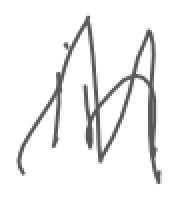
Text: in
Cross-out: zig-zag
Writing tool: digital_gray